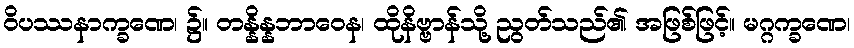
ဝိပဿနာက္ခဏေ၊ ၌။ တန္နိန္နဘာဝေန၊ ထိုနိဗ္ဗာန်သို့ ညွတ်သည်၏ အဖြစ်ဖြင့်။ မဂ္ဂက္ခဏေ၊